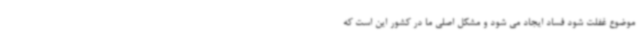
موضوع غفلت شود فساد ایجاد می شود و مشکل اصلی ما در کشور این است که